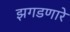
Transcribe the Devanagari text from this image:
झगडणारे